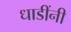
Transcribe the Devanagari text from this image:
धाडींनी